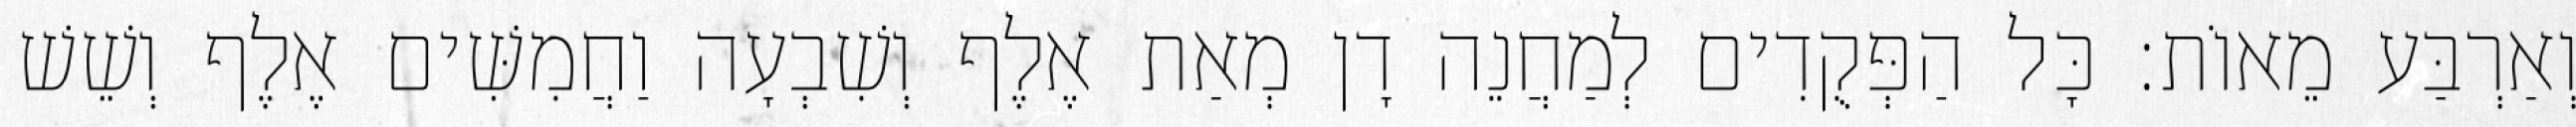
וְאַרְבַּע מֵאוֹת׃ כָּל הַפְּקֻדִים לְמַחֲנֵה דָן מְאַת אֶלֶף וְשִׁבְעָה וַחֲמִשִּׁים אֶלֶף וְשֵׁשׁ